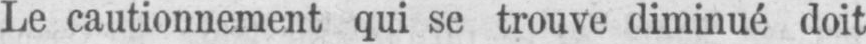
Le cautionnement qui se trouve diminué doit